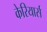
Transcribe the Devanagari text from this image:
केरियार्स